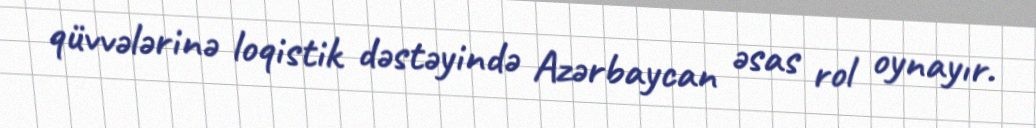
qüvvələrinə loqistik dəstəyində Azərbaycan əsas rol oynayır.